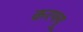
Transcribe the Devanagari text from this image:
करफ्यू